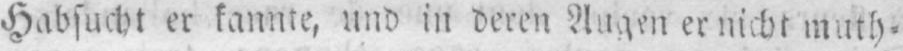
muth⸗